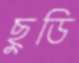
ছুডি